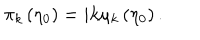
\pi _ { k } \left( \eta _ { 0 } \right) = i k \mu _ { k } \left( \eta _ { 0 } \right) .